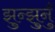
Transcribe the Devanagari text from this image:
झुन्झुनुँ